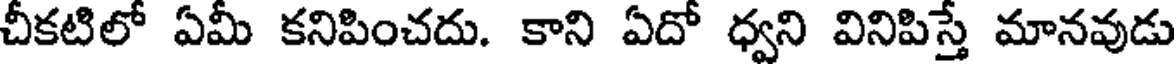
చీకటిలో ఏమీ కనిపించదు. కాని ఏదో ధ్వని వినిపిస్తే మానవుడు